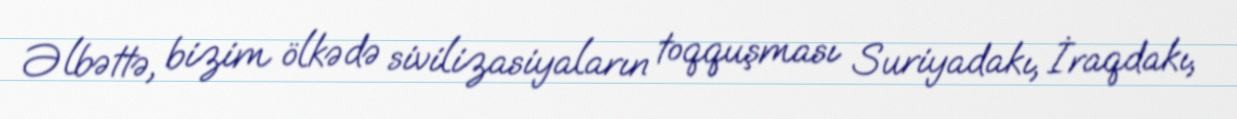
Əlbəttə, bizim ölkədə sivilizasiyaların toqquşması Suriyadakı, İraqdakı,